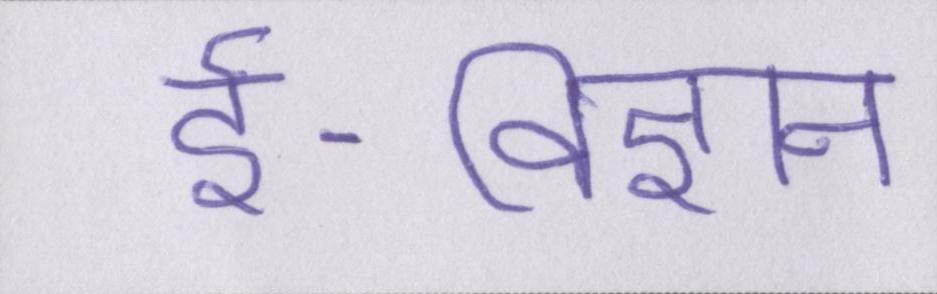
ई-विज्ञान